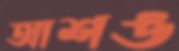
আশঙ